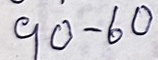
90 - 60